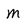
Character: M